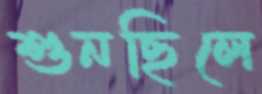
শুনছিলে